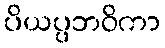
ပိယပ္ပဘဝိကာ